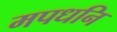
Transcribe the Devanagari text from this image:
मपधनि